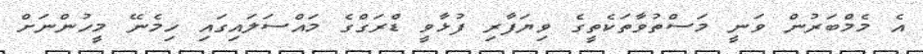
އެ މެމްބަރުން ވަނީ މަސްތުވާތަކެތީގެ ވިޔަފާރި ފުޅާވީ ޑްރަގްގެ މައްސަލައިގައި ހިމެނޭ މީހުންނަށް